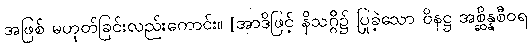
အဖြစ် မဟုတ်ခြင်းလည်းကောင်း။ [အာဒိဖြင့် နိသဂ္ဂိ၌ ပြုခဲ့သော ဝိနဋ္ဌ အစ္ဆိန္နစီဝရ